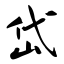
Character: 岱